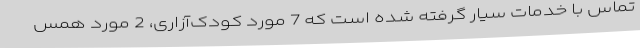
تماس با خدمات سیار گرفته شده است که 7 مورد کودک‌آزاری، 2 مورد همس